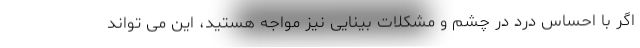
اگر با احساس درد در چشم و مشکلات بینایی نیز مواجه هستید، این می تواند